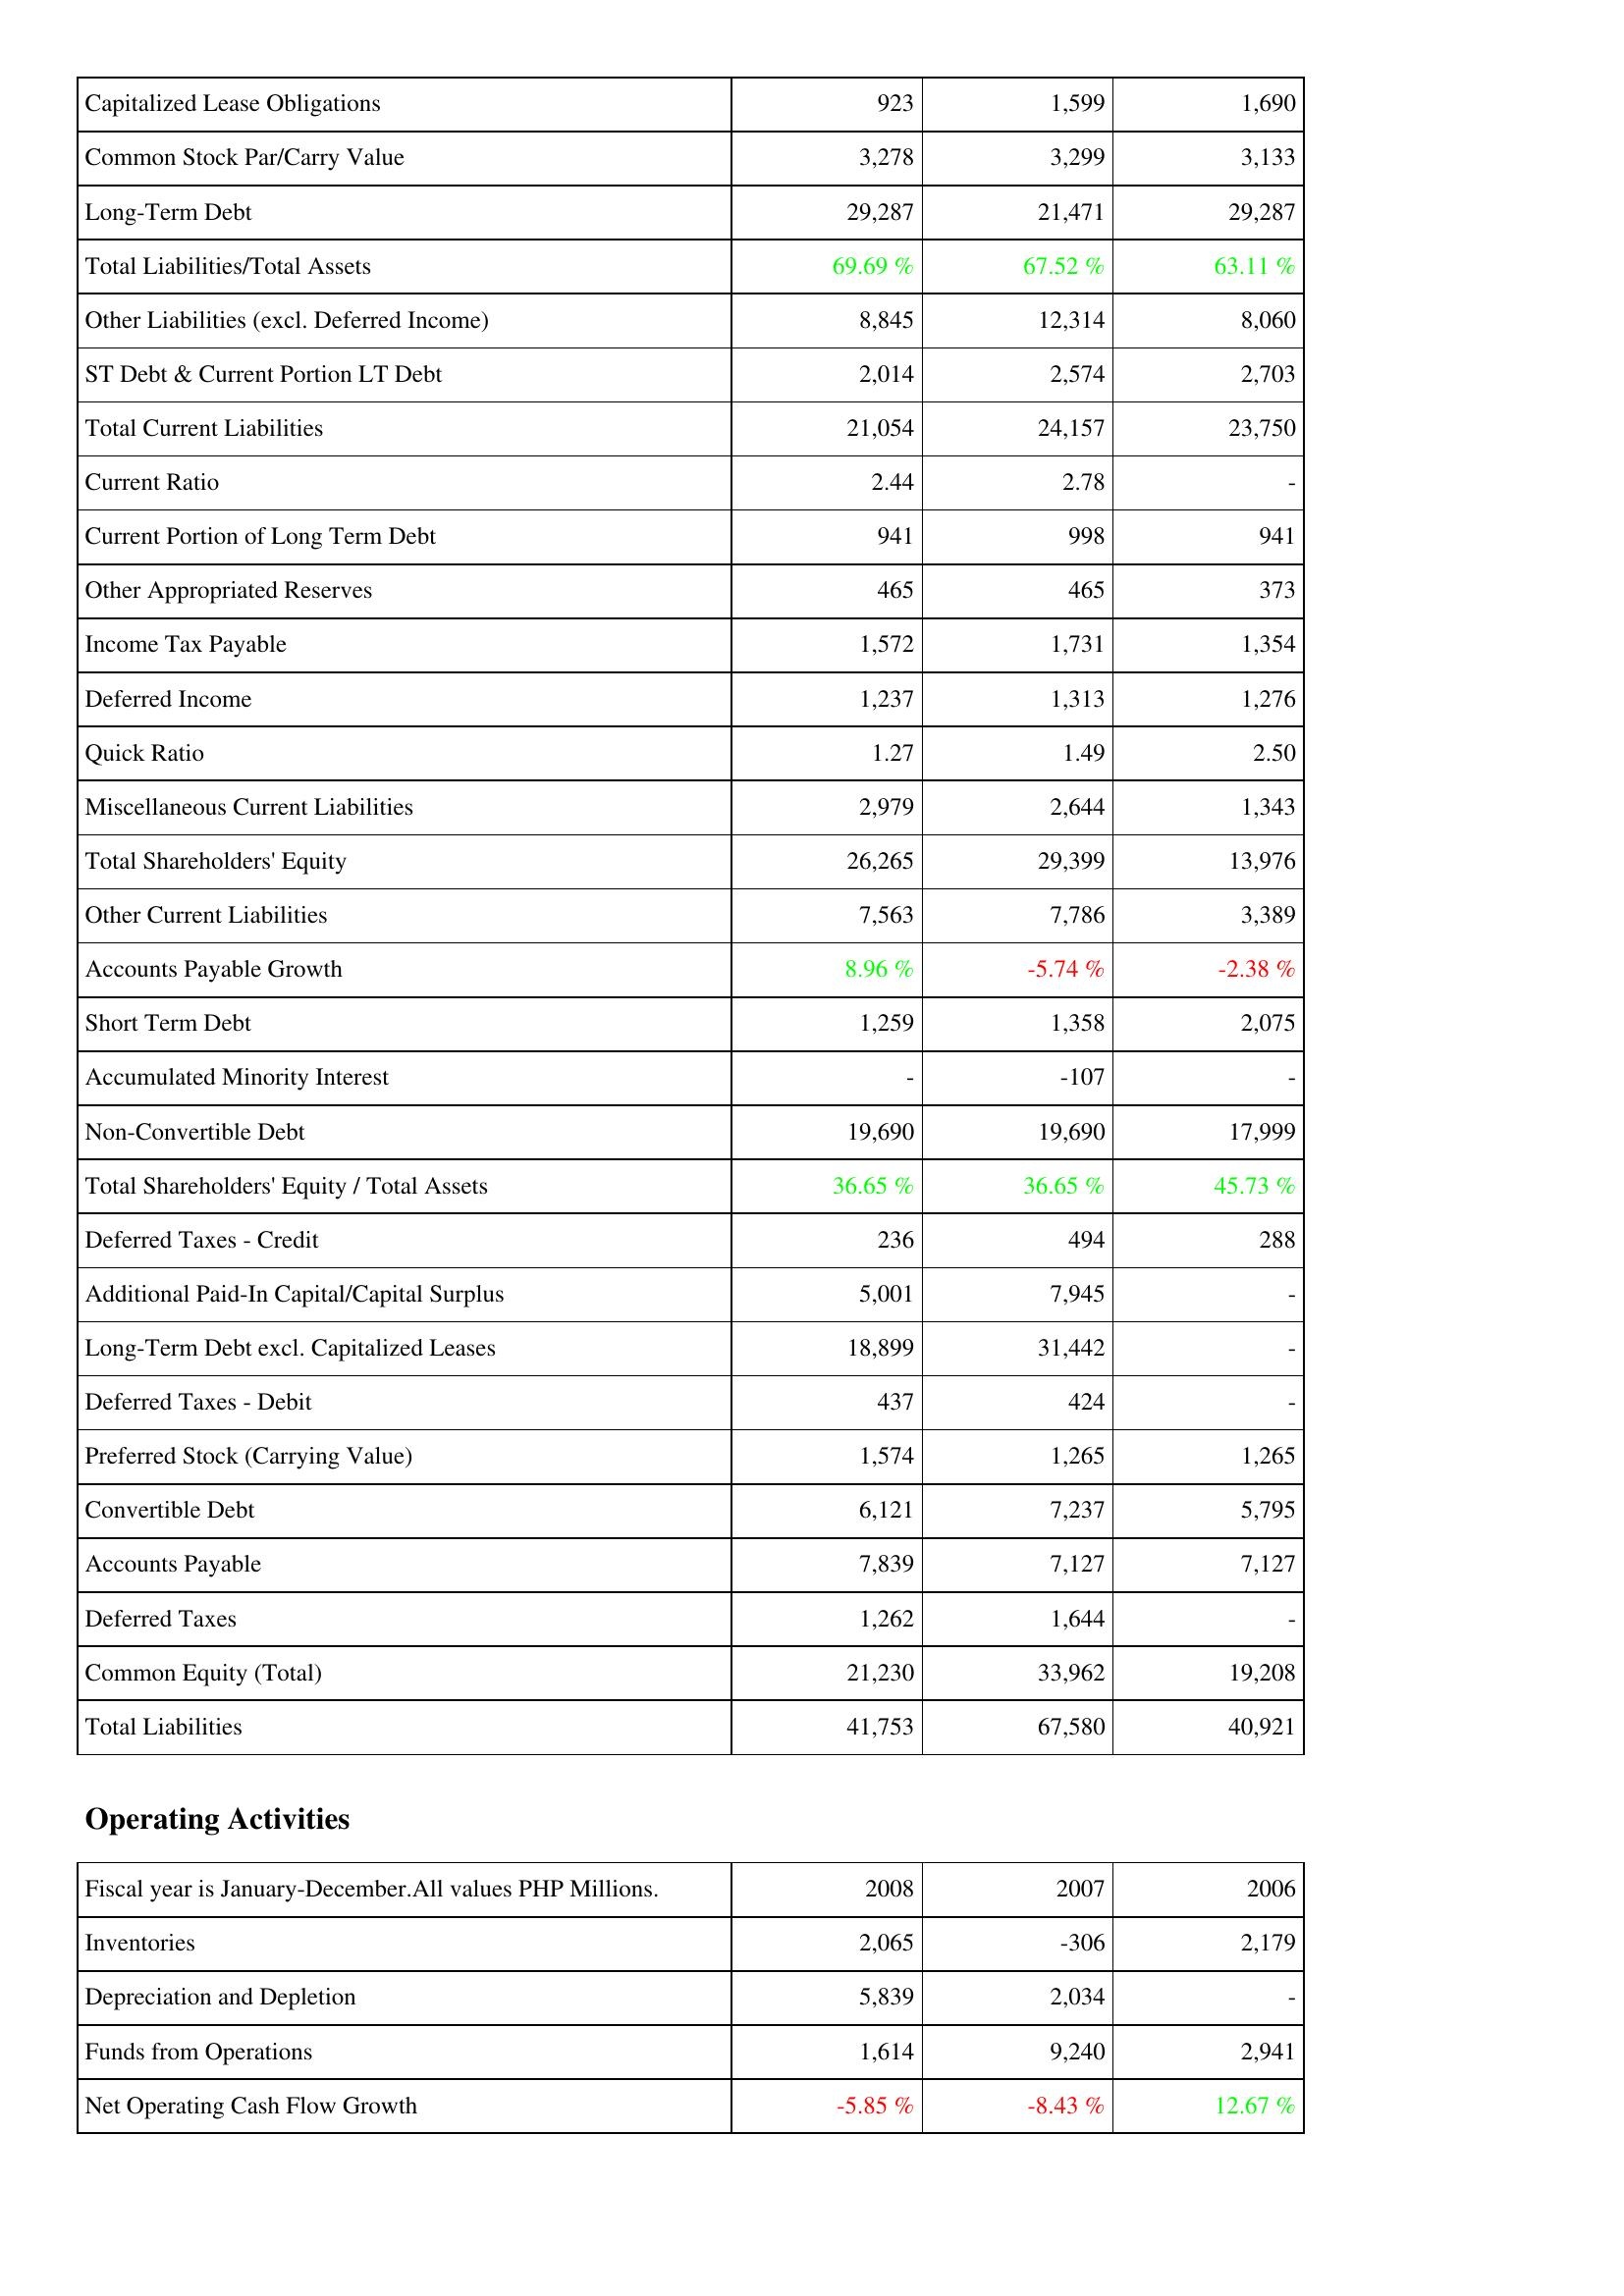
2008: Liabilities & Shareholders' Equity: Capitalized Lease Obligations: 923
Common Stock Par/Carry Value: 3,278
Long-Term Debt: 29,287
Total Liabilities/Total Assets: 69.69 %
Other Liabilities (excl. Deferred Income): 8,845
ST Debt & Current Portion LT Debt: 2,014
Total Current Liabilities: 21,054
Current Ratio: 2.44
Current Portion of Long Term Debt: 941
Other Appropriated Reserves: 465
Income Tax Payable: 1,572
Deferred Income: 1,237
Quick Ratio: 1.27
Miscellaneous Current Liabilities: 2,979
Total Shareholders' Equity: 26,265
Other Current Liabilities: 7,563
Accounts Payable Growth: 8.96 %
Short Term Debt: 1,259
Accumulated Minority Interest: -
Non-Convertible Debt: 19,690
Total Shareholders' Equity / Total Assets: 36.65 %
Deferred Taxes - Credit: 236
Additional Paid-In Capital/Capital Surplus: 5,001
Long-Term Debt excl. Capitalized Leases: 18,899
Deferred Taxes - Debit: 437
Preferred Stock (Carrying Value): 1,574
Convertible Debt: 6,121
Accounts Payable: 7,839
Deferred Taxes: 1,262
Common Equity (Total): 21,230
Total Liabilities: 41,753
Operating Activities: Inventories: 2,065
Depreciation and Depletion: 5,839
Funds from Operations: 1,614
Net Operating Cash Flow Growth: -5.85 %
2007: Liabilities & Shareholders' Equity: Capitalized Lease Obligations: 1,599
Common Stock Par/Carry Value: 3,299
Long-Term Debt: 21,471
Total Liabilities/Total Assets: 67.52 %
Other Liabilities (excl. Deferred Income): 12,314
ST Debt & Current Portion LT Debt: 2,574
Total Current Liabilities: 24,157
Current Ratio: 2.78
Current Portion of Long Term Debt: 998
Other Appropriated Reserves: 465
Income Tax Payable: 1,731
Deferred Income: 1,313
Quick Ratio: 1.49
Miscellaneous Current Liabilities: 2,644
Total Shareholders' Equity: 29,399
Other Current Liabilities: 7,786
Accounts Payable Growth: -5.74 %
Short Term Debt: 1,358
Accumulated Minority Interest: -107
Non-Convertible Debt: 19,690
Total Shareholders' Equity / Total Assets: 36.65 %
Deferred Taxes - Credit: 494
Additional Paid-In Capital/Capital Surplus: 7,945
Long-Term Debt excl. Capitalized Leases: 31,442
Deferred Taxes - Debit: 424
Preferred Stock (Carrying Value): 1,265
Convertible Debt: 7,237
Accounts Payable: 7,127
Deferred Taxes: 1,644
Common Equity (Total): 33,962
Total Liabilities: 67,580
Operating Activities: Inventories: -306
Depreciation and Depletion: 2,034
Funds from Operations: 9,240
Net Operating Cash Flow Growth: -8.43 %
2006: Liabilities & Shareholders' Equity: Capitalized Lease Obligations: 1,690
Common Stock Par/Carry Value: 3,133
Long-Term Debt: 29,287
Total Liabilities/Total Assets: 63.11 %
Other Liabilities (excl. Deferred Income): 8,060
ST Debt & Current Portion LT Debt: 2,703
Total Current Liabilities: 23,750
Current Ratio: -
Current Portion of Long Term Debt: 941
Other Appropriated Reserves: 373
Income Tax Payable: 1,354
Deferred Income: 1,276
Quick Ratio: 2.50
Miscellaneous Current Liabilities: 1,343
Total Shareholders' Equity: 13,976
Other Current Liabilities: 3,389
Accounts Payable Growth: -2.38 %
Short Term Debt: 2,075
Accumulated Minority Interest: -
Non-Convertible Debt: 17,999
Total Shareholders' Equity / Total Assets: 45.73 %
Deferred Taxes - Credit: 288
Additional Paid-In Capital/Capital Surplus: -
Long-Term Debt excl. Capitalized Leases: -
Deferred Taxes - Debit: -
Preferred Stock (Carrying Value): 1,265
Convertible Debt: 5,795
Accounts Payable: 7,127
Deferred Taxes: -
Common Equity (Total): 19,208
Total Liabilities: 40,921
Operating Activities: Inventories: 2,179
Depreciation and Depletion: -
Funds from Operations: 2,941
Net Operating Cash Flow Growth: 12.67 %